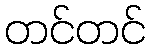
တင်တင်